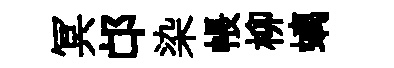
冥邙染帳柳螭